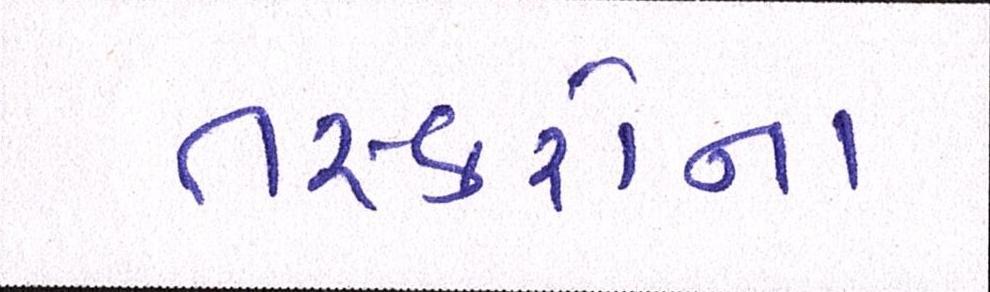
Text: તસ્કરોના